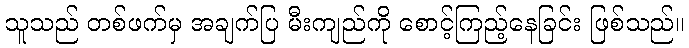
သူသည် တစ်ဖက်မှ အချက်ပြ မီးကျည်ကို စောင့်ကြည့်နေခြင်း ဖြစ်သည်။